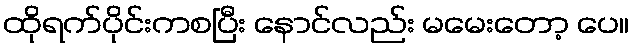
ထိုရက်ပိုင်းကစပြီး နောင်လည်း မမေးတော့ ပေ။